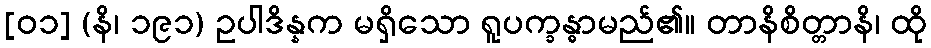
[၀၁] (နိ၊ ၁၉၁) ဥပါဒိန္နက မရှိသော ရူပက္ခန္ဓာမည်၏။ တာနိစိတ္တာနိ၊ ထို